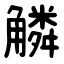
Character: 䚬